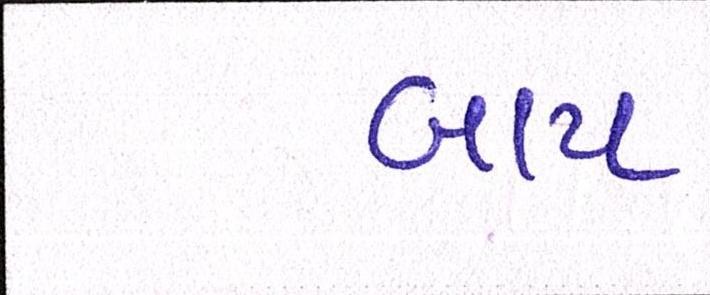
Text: બાપ